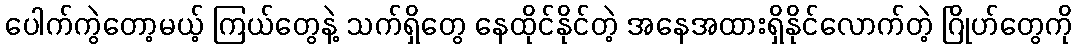
ပေါက်ကွဲတော့မယ့် ကြယ်တွေနဲ့ သက်ရှိတွေ နေထိုင်နိုင်တဲ့ အနေအထားရှိနိုင်လောက်တဲ့ ဂြိုဟ်တွေကို